Report of the Indian Hemp Drugs Commission, 1894-1895 - Volume VI
Year: 1894
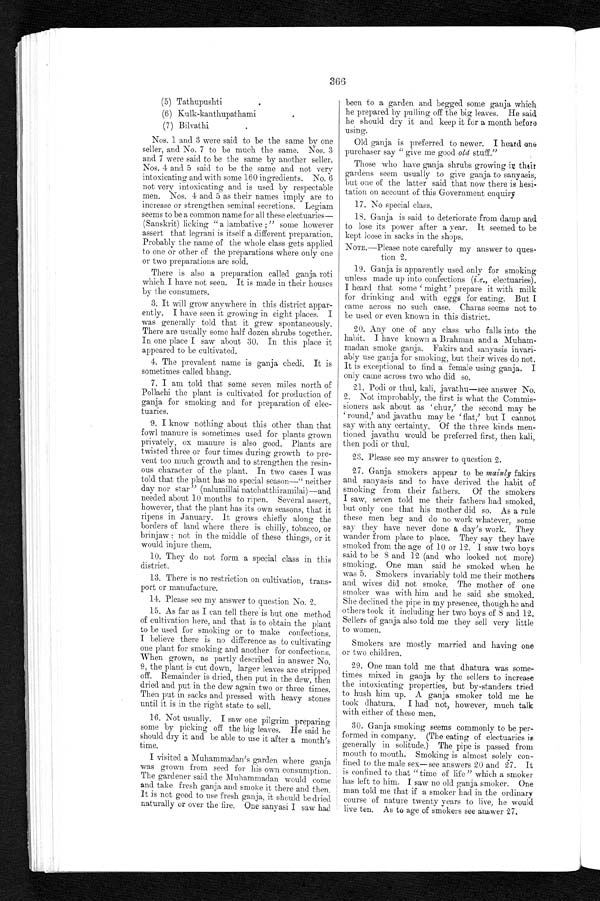
366
(5) Tathupushti
(6) Kulk-kanthupathami
(7) Bilvathi.
Nos. 1 and 3 were said to be the same by one
seller, and No. 7 to be much the same. Nos. 3
and 7 were said to be the same by another seller.
Nos. 4 and 5 said to be the same and not very
intoxicating and with some 160 ingredients. No. 6
not very intoxicating and is used by respectable
men. Nos. 4 and 5 as their names imply are to
increase or strengthen seminal secretions. Legiam
seems to be a common name for all these
e l e c t u a r i e s — ( S a n s k r i t ) l i c k i n g " a l a m b a t i v e ; " s o m e h o w e v e r
assert that legrani is itself a different preparation.
Probably the name of the whole class gets applied
to one or other of the preparations where only one
or two preparations are sold.
There is also a preparation called ganja roti
which I have not seen. It is made in their houses
by the consumers.
3. It will grow anywhere in this district appar
ently. I have seen it growing in eight places. I
was generally told that it grew spontaneously.
There are usually some half dozen shrubs together.
In one place I saw about 30. In this place it
appeared to be cultivated.
4. The prevalent name is ganja chedi. It is
sometimes called bhang.
7. I am told that some seven miles north of
Pollachi the plant is cultivated for production of
ganja for smoking and for preparation of
e l e c t u a r i e s .
9. I know nothing about this other than that
fowl manure is sometimes used for plants grown
privately, ox manure is also good. Plants are
twisted three or four times during growth to pre
vent too much growth and to
s t r e n g t h e n t h e r e s i o u s c h a r a c t e r o f t h e p l a n t . I n t w o c a s e s I w a s
told that the plant has no special season—" neither
day nor star" (nalumillai natchatthiramilai) —and
needed about 10 months to ripen. Several assert,
however, that the plant has its own seasons, that it
ripens in January. It grows chiefly along the
borders of land where there is chilly, tobacco, or
brinjaw : not in the middle of these things, or
it would injure them.
10. They do not form a special class in this
district.
13. There is no restriction on cultivation, trans
port or manufacture.
14. Please see my answer to question No. 2.
15. As far as I can tell there is but one method
of cultivation here, and that is to obtain the plant
to be used for smoking or to make confections.
I believe there is no difference as to cultivating
one plant for smoking and another for confections.
When grown, as partly described in answer No.
9, the plant is cut down, larger leaves are stripped
off. Remainder is dried, then put in the dew, then
dried and put in the dew again two or three times.
Then put in sacks and pressed with heavy stones
until it is in the right state to sell.
16. Not usually. I saw one pilgrim preparing
some by picking off the big leaves. He said he
should dry it and be able to use it after a month's
time.
I visited a Muhammadan's garden where
g a n j a w a s g r o w n f r o m s e e d f o r h i s o w n c o n s u m p t i o n
The gardener said the Muhammadan would come
and take fresh ganja and smoke it there and then
It is not good to use fresh ganja, it should be dried
naturally or over the fire. One sanyasi I saw had
been to a garden and begged some ganja which
he prepared by pulling off the big leaves. He said
he should dry it and keep it for a month before
using.
Old ganja is preferred to newer. I heard one
purchaser say " give me good old stuff."
Those who have ganja shrubs growing in theirs
gardens seem usually to give ganja to sanyasis,
but one of the latter said that now there is hesi
tation on account of this Government enquiry
17. No special class.
18. Ganja is said to deteriorate from damp and
to lose its power after a year. It seemed to be
kept loose in sacks in the shops.
NOTE.— Please note carefully my answer to ques
tion 2.
19. Ganja is apparently used only for smoking
unless made up into confections (i.e., electuaries).
I heard that some ' might' prepare it with milk
for drinking and with eggs for eating. But I
came across no such case. Charas seems not to
be used or even known in this district.
20. Any one of any class who falls into the
habit. I have known a Brahman and a Muham
madan smoke ganja. Fakirs and sanyasis invari
ably use ganja for smoking, but their wives do not.
It is exceptional to find a female using ganja. I
only came across two who did so.
21. Podi or thul, kali, javathu—see answer No.
2. Not improbably, the first is what the Commis
sioners ask about as ' chur,' the second may be
round,' and javathu may be 'flat,' but I cannot
say with any certainty. Of the three kinds men
tioned javathu would be preferred first, then kali,
then podi. or thul.
23. Please see my answer to question 2.
27. Ganja smokers appear to be mainly fakirs
and sanyasis and to have derived the habit of
smoking from their fathers. Of the smokers
I saw, seven told me their fathers had smoked,
but only one that his mother did so. As a rule
these men beg and do no work whatever, some
say they have never done a day's work. They
wander from place to place. They say they have
smoked from the age of 10 or 12. I saw two boys
s a i d t o be 8 a nd 12 ( a nd who l ooke d not mor e )
smoking. One man said he smoked when he
was 5. Smokers invariably told me their mothers
and wives did not smoke. The mother of one
s o m k e r w a s w i t h h i m a n d h e s a i d s h e s m o k e d . S h e d e c l i n e d t h e p i p e i n m y p r e s e n c e , t h o u g h h e a n d
others took it including her two boys of 8 and 12.
Sellers of ganja also told me they sell very little
to women.
Smokers are mostly married and having one
or two children.
29. One man told me that dhatura was some
times mixed in ganja by the sellers to increase
the intoxicating properties, but by-standers tried
to hush him up. A ganja smoker told me he
took dhatura. I had not, however, much talk
with either of these men.
30. Ganja smoking seems commonly to be per-
formed in company. (The eating of electuaries
generally in solitude.) The pipe is passed from
mouth to mouth. Smoking is almost solely con
fined to the male sex— see answers 20 and 27. It
.is confined to that "time of life" which a smoker
has left to him. I saw no old ganja smoker. One
man told me that if a smoker had in the ordinary
course of nature twenty years to live, he would
live ten. As to age of smokers see answer 27.